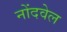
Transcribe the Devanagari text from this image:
नोंदवेल